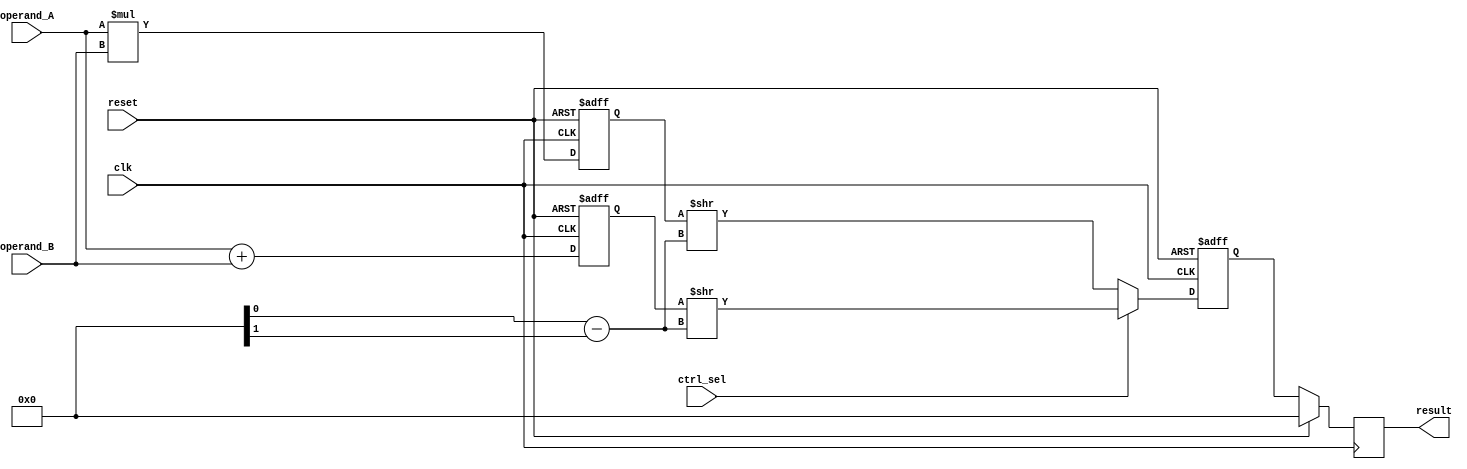
module Fused_Multiply_Add_FP_Unit (
    input wire clk,
    input wire reset,
    input wire [31:0] operand_A,
    input wire [31:0] operand_B,
    input wire ctrl_sel, // control signal to select between multiplication and addition
    output reg [31:0] result
);

reg [31:0] temp_mul; // to hold the result of multiplication
reg [31:0] temp_add; // to hold the result of addition
reg [31:0] temp_shift; // to hold the result after shifting

// Multiplier block
always @ (posedge clk or posedge reset) begin
    if (reset) begin
        temp_mul <= 32'b0;
    end
    else begin
        temp_mul <= operand_A * operand_B;
    end
end

// Adder block
always @ (posedge clk or posedge reset) begin
    if (reset) begin
        temp_add <= 32'b0;
    end
    else begin
        temp_add <= operand_A + operand_B;
    end
end

// Shifter block
always @ (posedge clk or posedge reset) begin
    if (reset) begin
        temp_shift <= 32'b0;
    end
    else begin
        if (ctrl_sel) begin
            temp_shift <= temp_add >> (exponent_A - exponent_B); // shifting based on exponent
        end
        else begin
            temp_shift <= temp_mul >> (exponent_A - exponent_B); // shifting based on exponent
        end
    end
end

// Output result
always @ (posedge clk) begin
    if (reset) begin
        result <= 32'b0;
    end
    else begin
        result <= temp_shift;
    end
end

endmodule